Report on the working of the mental hospitals for Indians in Bihar and Orissa - 1925-1929
Year: 1925
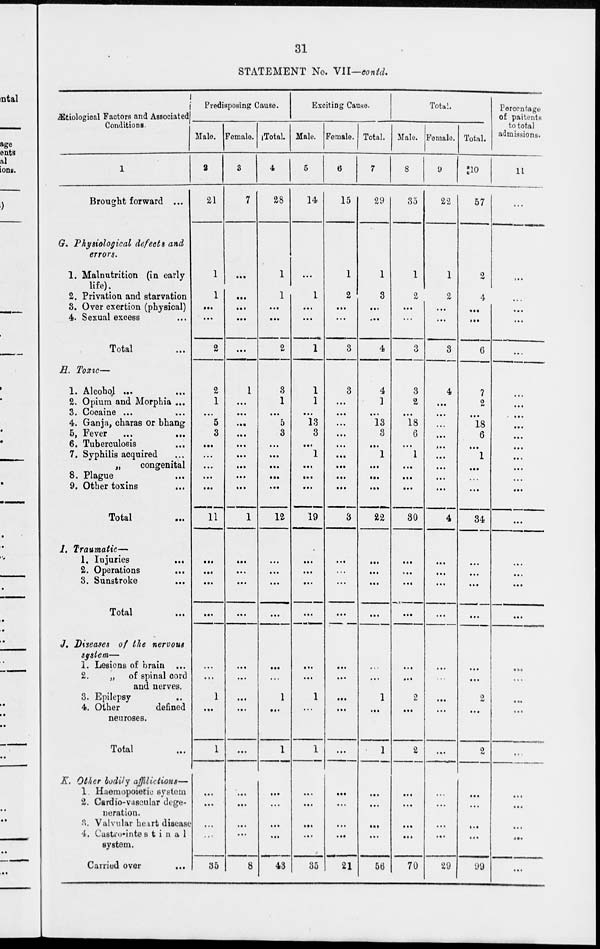
31
STATEMENT No. VII—contd.
Ætiological Factors and Associated
Conditions.
1
Brought forward ...
G. Physiological defects and
errors.
1. Malnutrition (in early
life).
2. Privation and starvation
3. Over exertion (physical)
4. Sexual excess ...
Total ...
H. Toxic—
1. Alcohol ... ...
2. Opium and Morphia...
3. Cocaine ... ...
4. Ganja, charas or bhang
5. Fever
...
...
6. Tuberculosis ...
7. Syphilis acquired ...
„
congenital
8. Plague ...
9. Other toxins ...
Total ...
I. Traumatic—
1. Injuries ...
2. Operations ...
3. Sunstroke ...
Total ...
J. Diseases of the nervous
system—
1. Lesions of brain ...
2.
„ of spinal cord
and nerves.
3. Epilepsy ...
4. Other
defined
neuroses.
Total ...
K. Other bodily affilictions—
1. Haemopoietic system
2. Cardio-vascular dege-
neration.
3. Valvular heart disease
4. Castro-intestinal
system.
Carried over ...
Predisposing Cause.
Male.
2
21
1
1
...
...
2
2
1
...
5
3
...
...
...
...
...
11
...
...
...
...
...
...
1
...
1
...
...
...
...
35
Female.
3
7
...
...
...
...
...
1
...
...
...
...
...
...
...
...
...
1
...
...
...
...
...
...
...
...
...
...
...
...
...
8
Total.
4
28
1
1
...
...
2
3
1
...
5
3
...
...
...
...
...
12
...
...
...
...
...
...
1
...
1
...
...
...
...
43
Exciting Cause.
Male.
5
14
...
1
...
...
1
1
1
...
13
3
...
1
...
...
...
19
...
...
...
...
...
...
1
...
1
...
...
...
...
35
Female.
6
15
1
2
...
...
3
3
...
...
...
...
...
...
...
...
...
3
...
...
...
...
...
...
...
...
...
...
...
...
...
21
Total.
7
29
1
3
...
...
4
4
1
...
13
3
...
1
...
...
...
22
...
...
...
...
...
...
1
...
1
...
...
...
...
56
Total.
Male.
8
35
1
2
...
...
3
3
2
...
18
6
...
1
...
...
...
30
...
...
...
...
...
...
2
...
2
...
....
...
...
70
Female.
9
22
1
2
...
...
3
4
...
...
...
...
...
...
...
...
...
4
...
...
...
...
...
...
...
...
...
...
...
...
...
29
Total.
10
57
2
4
...
...
6
7
2
...
18
6
...
1
...
...
...
34
...
...
...
...
...
...
2
...
2
...
...
...
...
99
Percentage
of patients
to total
admissions.
11
...
...
...
...
...
...
...
...
...
...
...
...
...
...
...
...
...
...
...
...
...
...
...
...
...
...
...
...
...
...
...